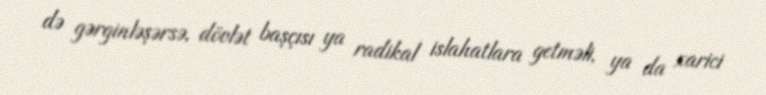
də gərginləşərsə, dövlət başçısı ya radikal islahatlara getməli, ya da xarici